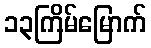
၁၃ကြိမ်မြောက်